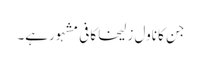
جن کا ناول زلیخا کافی مشہور ہے۔